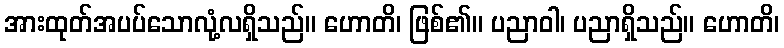
အားထုတ်အပပ်သောလုံ့လရှိသည်။ ဟောတိ၊ ဖြစ်၏။ ပညာဝါ၊ ပညာရှိသည်။ ဟောတိ၊